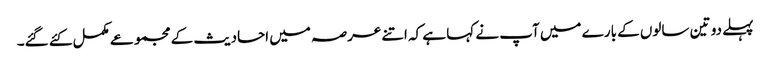
پہلے دو تین سالوں کے بارے میں آپ نے کہا ہے کہ اتنے عرصہ میں احادیث کے مجموعے مکمل کئے گئے۔